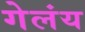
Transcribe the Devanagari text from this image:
गेलंय